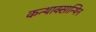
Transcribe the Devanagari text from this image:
कन्थाक्सान्थिन